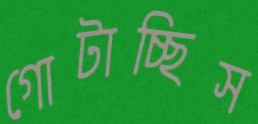
গোটাচ্ছিস